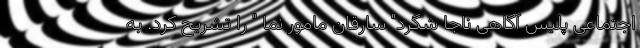
اجتماعی پلیس آگاهی ناجا شگرد" سارقان مامور نما " را تشریح کرد. به